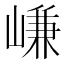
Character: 嵰